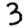
Digit: 3